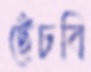
ছেঁচবি